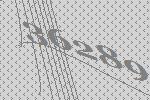
36289